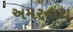
અમરનાથ